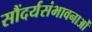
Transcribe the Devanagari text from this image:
सौंदर्यसंभावनाओं